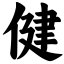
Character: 健